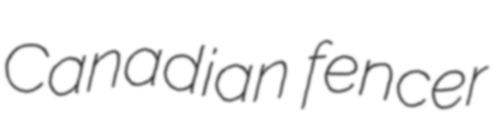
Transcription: Canadian fencer